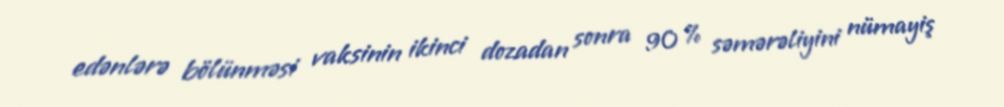
edənlərə bölünməsi vaksinin ikinci dozadan sonra 90 % səmərəliyini nümayiş